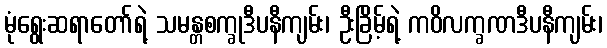
မုံရွေးဆရာတော်ရဲ့ သမန္တစက္ခုဒီပနီကျမ်း၊ ဦးခြိမ့်ရဲ့ ကဝိလက္ခဏဒီပနီကျမ်း၊